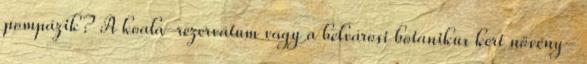
pompázik? A koala-rezervátum vagy a belvárosi botanikus kert növény-